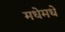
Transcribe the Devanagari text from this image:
मधेमधे